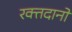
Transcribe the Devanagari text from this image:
रक्तदानों